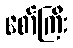
စော်ကြီး